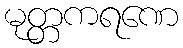
မုတ္တကရဏေ